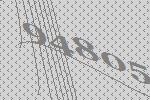
94805